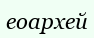
еоархей